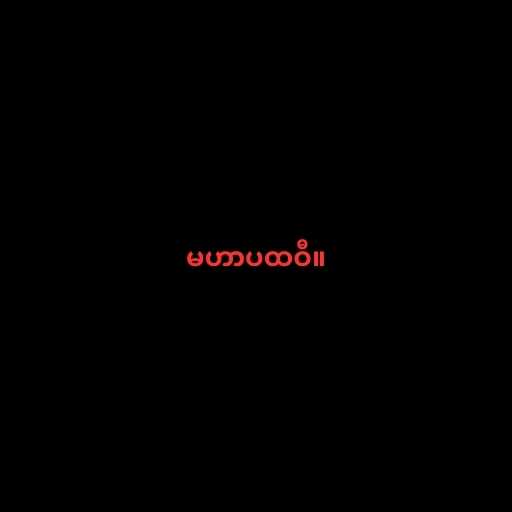
မဟာပထဝီ။